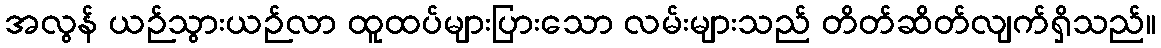
အလွန် ယဉ်သွားယဉ်လာ ထူထပ်များပြားသော လမ်းများသည် တိတ်ဆိတ်လျက်ရှိသည်။